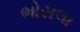
ભોસલા